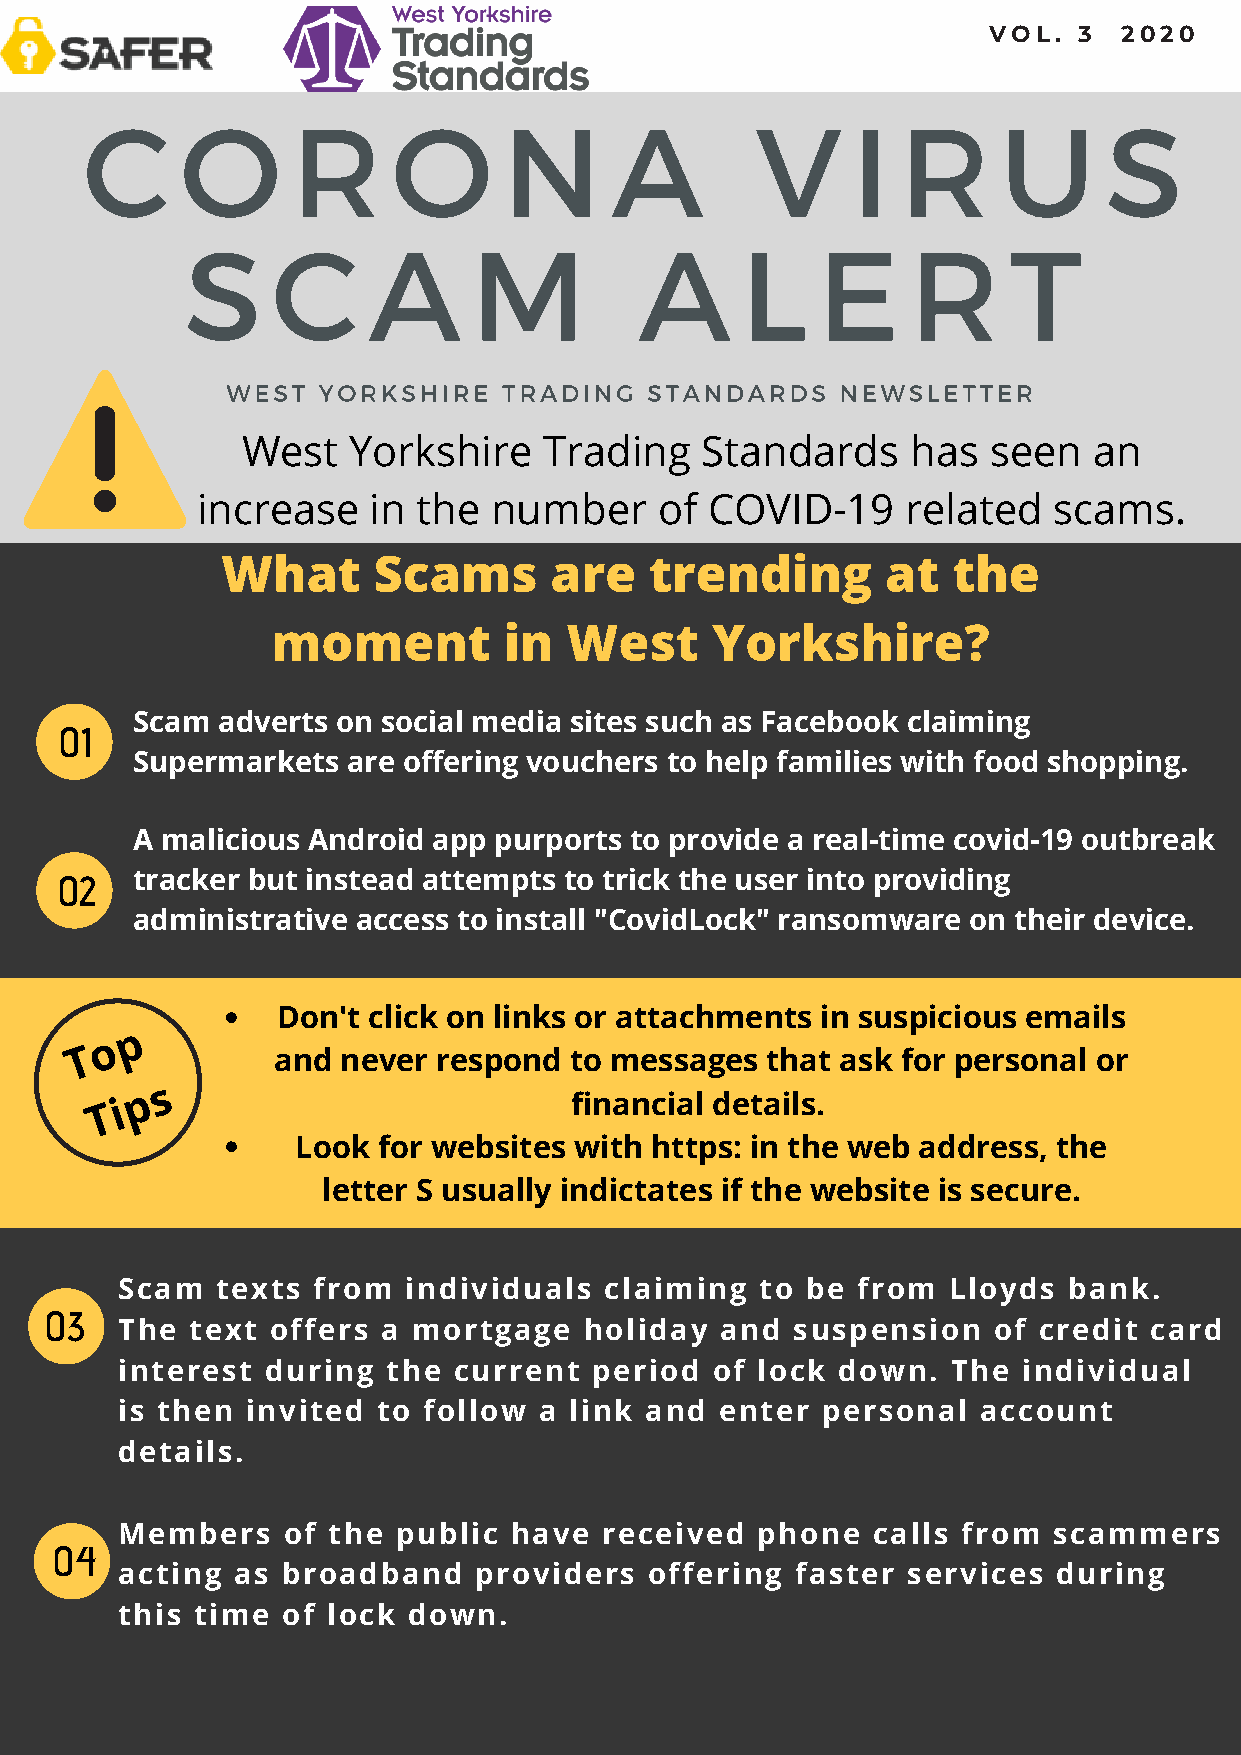
VOL.  3  2020
 C      O      R      O      N      A         V     I   R     U      S
 S     C     A      M          A      L    E     R      T
 WEST  YORKSHIRE   TRADING   STANDARDS    NEWSLETTER
 West   Yorkshire    Trading    Standards    has   seen  an
 increase    in the  number     of COVID-19     related   scams.
 What      Scams      are    trending        at  the
 moment         in   West     Yorkshire?
 Scam adverts on social media sites such as Facebook claiming
 01
 Supermarkets  are offering vouchers to help families with food shopping.
 A malicious Android app purports to provide a real-time covid-19 outbreak
 02   tracker but instead attempts to trick the user into providing
 administrative access to install "CovidLock" ransomware on their device.
 Don't click on links or attachments in suspicious emails
 p
 o
 T            and  never respond  to messages  that ask for personal or
 s
 T i p                           financial details.
 Look for websites with https: in the web address, the
 letter S usually indictates if the website is secure.
 Scam  texts  from  individuals  claiming  to be  from  Lloyds  bank.
 03
 The  text offers a mortgage    holiday  and  suspension   of credit card
 interest  during  the current  period  of lock down.   The  individual
 is then invited  to follow  a link and  enter personal   account
 details.
 Members    of the public  have  received  phone   calls from  scammers
 04
 acting as  broadband   providers   offering  faster services  during
 this time  of lock down.